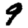
Digit: 9